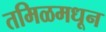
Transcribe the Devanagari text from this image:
तमिळमधून